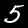
Label: 5